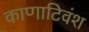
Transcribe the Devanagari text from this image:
काणाटिवंश